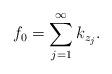
LaTeX: \begin{align*}f_0= \sum_{j=1}^\infty k_{z_j}.\end{align*}